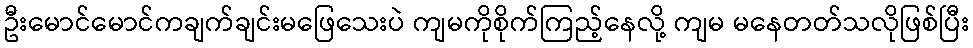
ဦးမောင်မောင်ကချက်ချင်းမဖြေသေးပဲ ကျမကိုစိုက်ကြည့်နေလို့ ကျမ မနေတတ်သလိုဖြစ်ပြီး